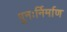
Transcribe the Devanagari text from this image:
पुनःर्निर्माण